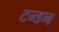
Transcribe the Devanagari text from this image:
टन्डन